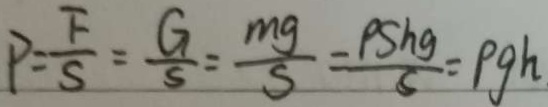
P = \frac { F } { S } = \frac { G } { S } = \frac { m g } { S } = \frac { P S h g } { s } = \rho g h